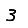
Digit: 3